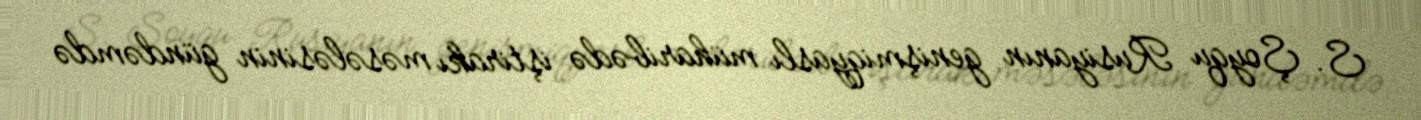
S. Şoyqu Rusiyanın genişmiqyaslı müharibədə iştirakı məsələsinin gündəmdə